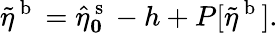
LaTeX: \tilde{\eta}^{\mathrm{~b~}}=\hat{\eta}_{\boldsymbol 0}^{\mathrm{~s~}}-h+P[\tilde{\eta}^{\mathrm{~b~}}].